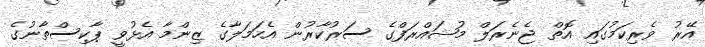
އޭރު ވެރިކަމުގައި އޮތް ޖެނެރަލް މުޝައްރަފްގެ ސަރުކާރުން އެހަމަލާގެ ޒިންމާ އެޅުވީ ޕާކިސްތާނުގެ